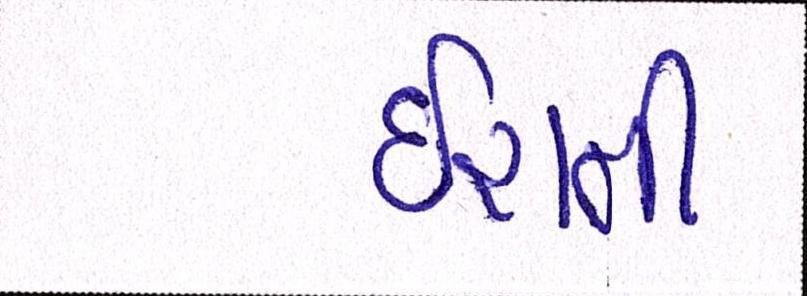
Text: ઈરાની